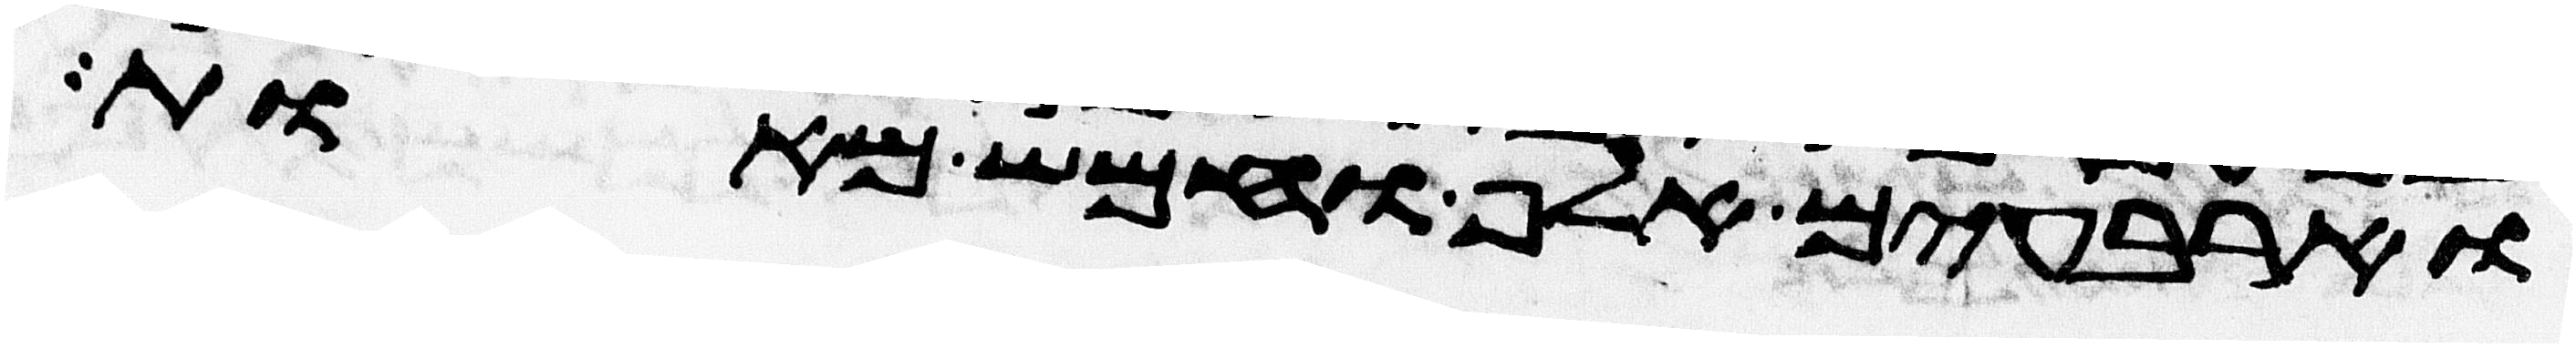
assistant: וארבעים אלף וחמש מאות